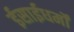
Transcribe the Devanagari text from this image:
ईसाईधर्मों